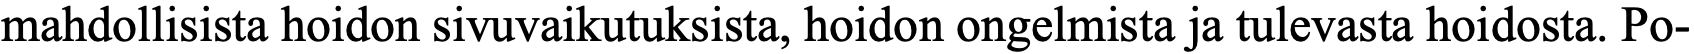
mahdollisista hoidon sivuvaikutuksista, hoidon ongelmista ja tulevasta hoidosta. Po-